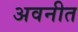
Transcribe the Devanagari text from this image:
अवनीत